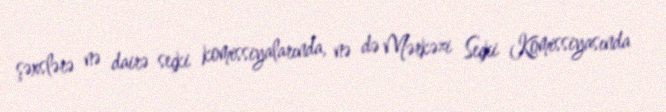
şəxslərə nə dairə seçki komissiyalarında, nə də Mərkəzi Seçki Komissiyasında